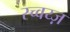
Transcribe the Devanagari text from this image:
स्च्वय्ज़